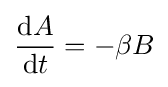
{\frac {\mathrm {d} A}{\mathrm {d} t}}=-\beta B